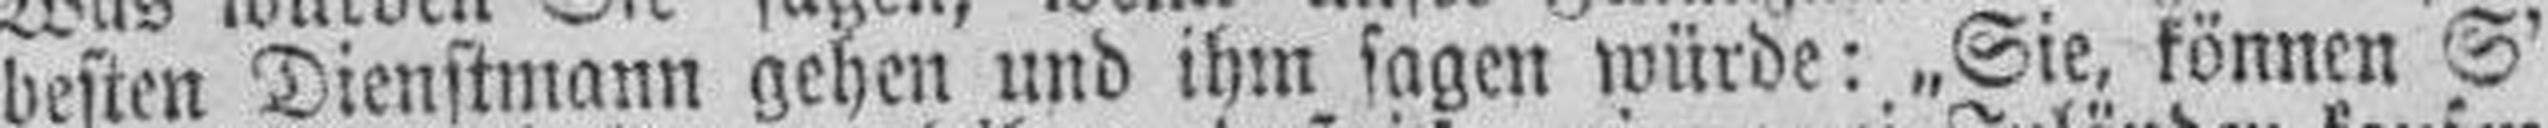
besten Dienstmann gehen und ihm sagen würde: „Sie, können S'